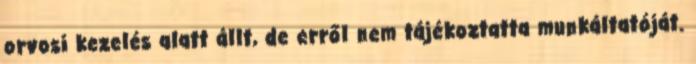
orvosi kezelés alatt állt, de erről nem tájékoztatta munkáltatóját.